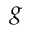
g